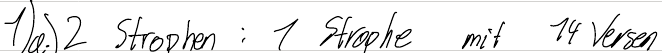
1) a.) 2 Strophen : 1 Strophe mit 14 Versen